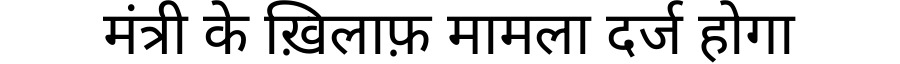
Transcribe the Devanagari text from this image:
मंत्री के ख़िलाफ़ मामला दर्ज होगा